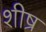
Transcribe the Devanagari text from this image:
शीष्र